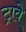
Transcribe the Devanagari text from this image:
ट्राबे